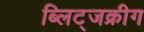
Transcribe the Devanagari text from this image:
ब्लिट्जक्रीग